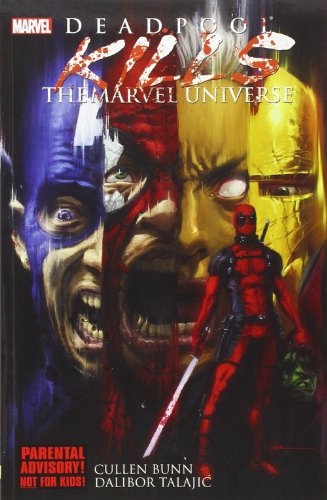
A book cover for Deadpool Kills the Marvel Universe; Cullen Bunn; Comics & Graphic Novels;